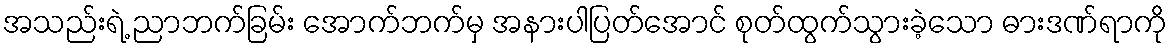
အသည်းရဲ့ ညာဘက်ခြမ်း အောက်ဘက်မှ အနားပါပြတ်အောင် စုတ်ထွက်သွားခဲ့သော ဓားဒဏ်ရာကို